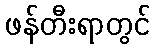
ဖန်တီးရာတွင်